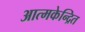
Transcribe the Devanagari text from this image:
आत्मकेन्द्रित